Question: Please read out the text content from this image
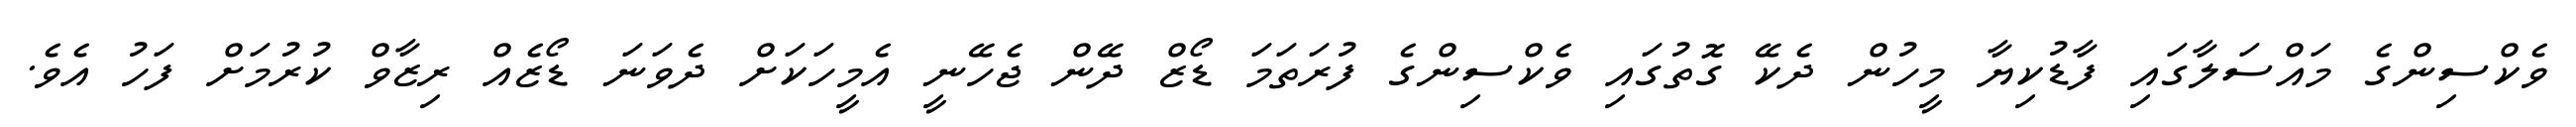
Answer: ވެކްސިންގެ މައްސަލާގައި ފާޑުކިޔާ މީހުން ދެކޭ ގޮތުގައި ވެކްސިންގެ ފުރަތަމަ ޑޯޒް ދޭން ޖެހޭނީ އެމީހަކަށް ދެވަނަ ޑޯޒެއް ރިޒާވް ކުރުމަށް ފަހު އެވެ.